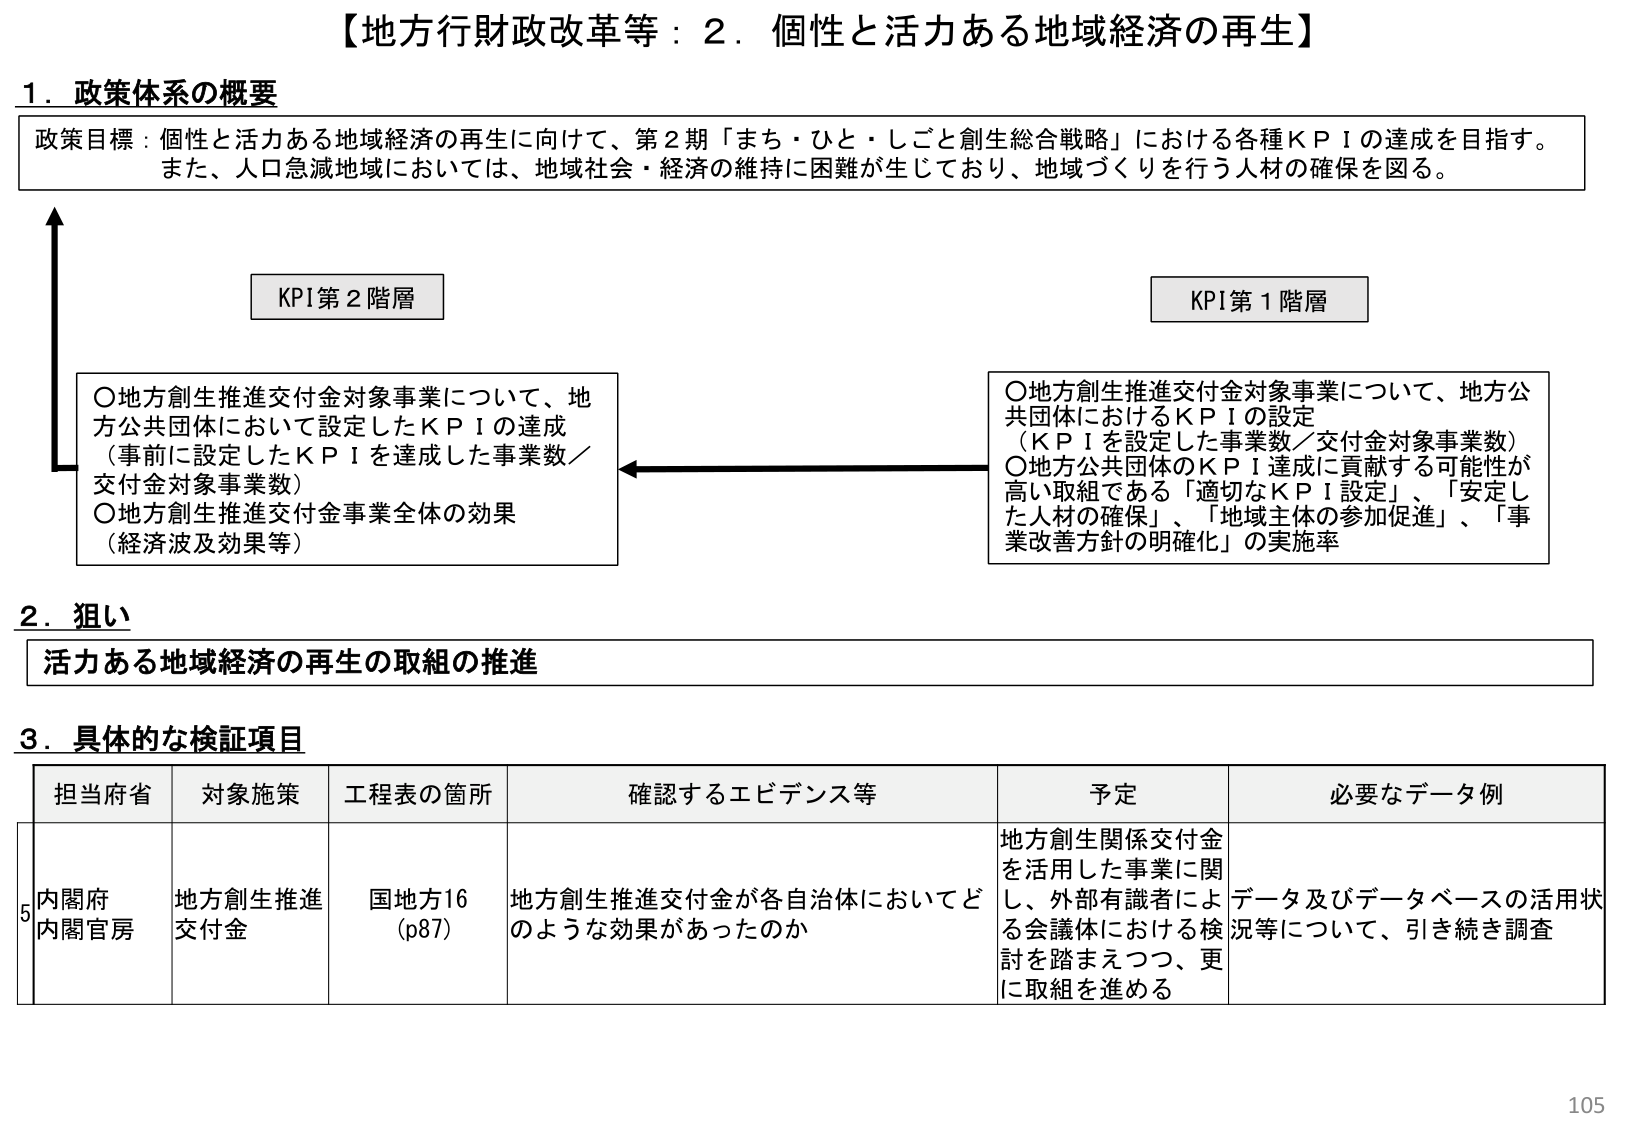
【地方行財政改革等：2．個性と活力ある地域経済の再生】

1．政策体系の概要

政策目標：個性と活力ある地域経済の再生に向けて、第2期「まち・ひと・しごと創生総合戦略」における各種ＫＰＩの達成を目指す。また、人口急減地域においては、地域社会・経済の維持に困難が生じており、地域づくりを行う人材の確保を図る。

KPI第2階層

○地方創生推進交付金対象事業について、地方公共団体において設定したＫＰＩの達成（事前に設定したＫＰＩを達成した事業数／交付金対象事業数）
○地方創生推進交付金事業全体の効果（経済波及効果等）

KPI第1階層

○地方創生推進交付金対象事業について、地方公共団体におけるＫＰＩの設定（ＫＰＩを設定した事業数／交付金対象事業数）
○地方公共団体のＫＰＩ達成に貢献する可能性が高い取組である「適切なＫＰＩ設定」、「安定した人材の確保」、「地域主体の参加促進」、「事業改善方針の明確化」の実施率

2．狙い

活力ある地域経済の再生の取組の推進

3．具体的な検証項目

| 担当府省 | 対象施策 | 工程表の箇所 | 確認するエビデンス等 | 予定 | 必要なデータ例 |
|----------|----------|--------------|----------------------|------|----------------|
| 5 内閣府<br>内閣官房 | 地方創生推進<br>交付金 | 国地方16<br>（p87） | 地方創生推進交付金が各自治体においてどのような効果があったのか | 地方創生関係交付金を活用した事業に関し、外部有識者による会議体における検討を踏まえつつ、更に取組を進める | データ及びデータベースの活用状況等について、引き続き調査 |

105